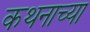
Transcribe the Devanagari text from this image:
कथनाच्या